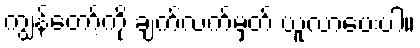
ကျွန်တော့်ကို ချက်လက်မှတ် ယူလာပေးပါ။